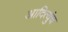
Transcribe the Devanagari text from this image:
आदित्युंच